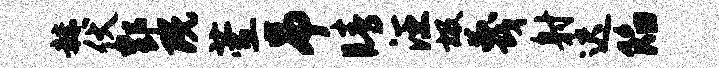
赫伏酆既萱吊睛汪圾蔑射迟陷